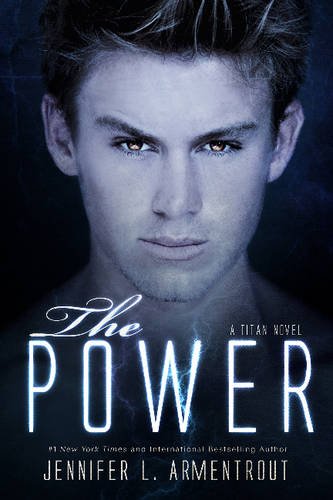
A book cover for The Power (Titan); Jennifer L. Armentrout; Romance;